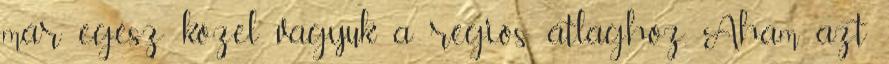
már egész közel vagyuk a régiós átlaghoz. Aham azt